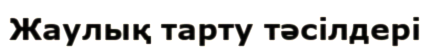
Жаулық тарту тәсілдері